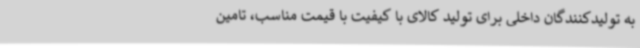
به تولیدکنندگان داخلی برای تولید کالای با کیفیت با قیمت مناسب، تامین